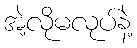
အဲ့လိုမလုပ်နဲ့